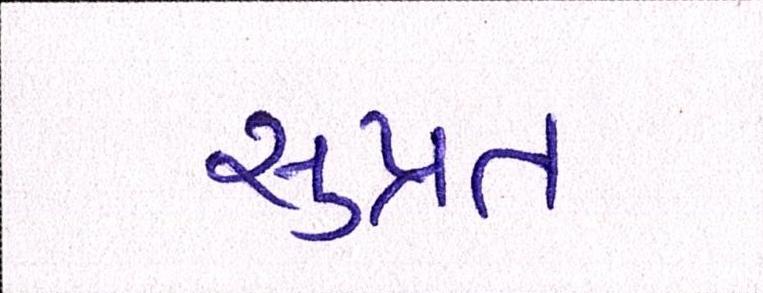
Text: સુપ્રત